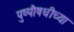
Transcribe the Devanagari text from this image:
पुष्पौषधीच्या